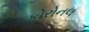
કોરોનલ